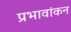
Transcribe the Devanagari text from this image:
प्रभावांकन